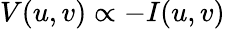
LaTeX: V(u,v)\propto-I(u,v)